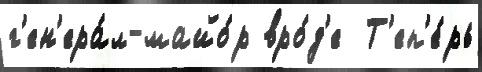
г'ен'ера́л-майо́р вро́д'е  Т'еп'е́рь